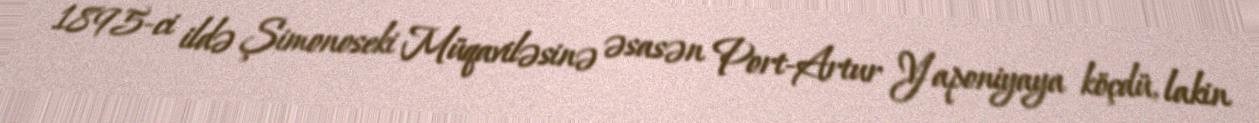
1895-ci ildə Şimonoseki Müqaviləsinə əsasən Port-Artur Yaponiyaya köçdü, lakin